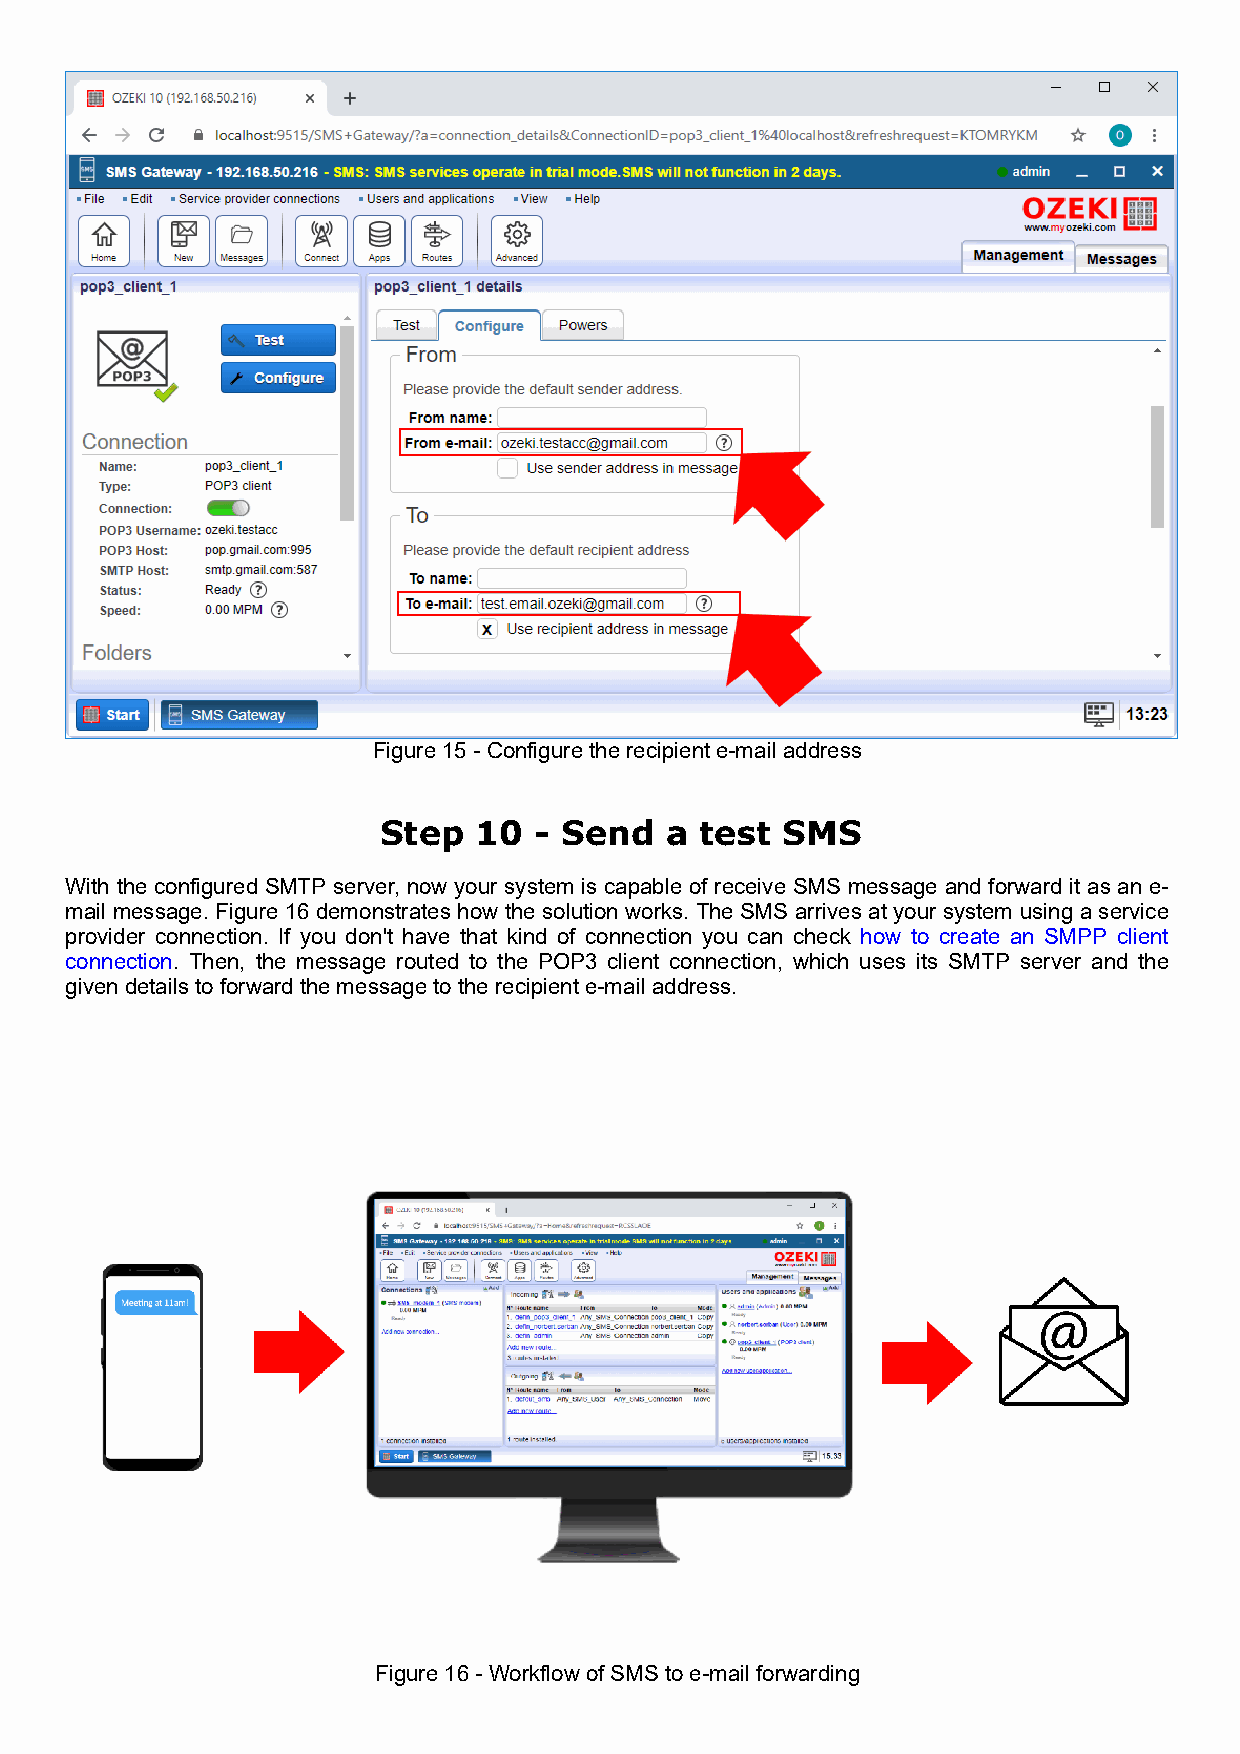
Figure 15 - Configure the recipient e-mail address
 Step  10  - Send   a test  SMS
 With the configured SMTP server, now your system is capable of receive SMS message and forward it as an e-
 mail message. Figure 16 demonstrates how the solution works. The SMS arrives at your system using a service
 provider connection. If you don't have that kind of connection you can check how to create an SMPP client
 connection. Then, the message routed to the POP3 client connection, which uses its SMTP server and the
 given details to forward the message to the recipient e-mail address.
 Figure 16 - Workflow of SMS to e-mail forwarding